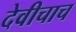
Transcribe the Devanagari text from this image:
देवीचाच